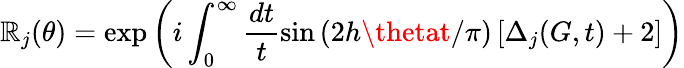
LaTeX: \mathbb{R}_{j}(\theta)=\exp\left(i\int_{0}^{\infty}\frac{{dt}}{{t}}\sin\left(2h\thetat/\pi\right)\left[\Delta_{j}(G,t)+2\right]\right)